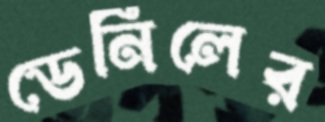
ডেনিলের